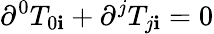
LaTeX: \partial^{0}T_{0\mathbf{i}}+\partial^{j}T_{j\mathbf{i}}=0